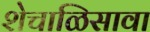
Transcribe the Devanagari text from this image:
शेचाळिसावा